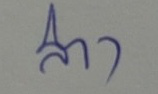
ล่าง